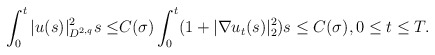
\begin{align*}\int_0^t|u(s)|^2_{D^{2,q}}s\leq& C(\sigma)\int_0^t(1+ |\nabla u_t(s)|^2_2)s\leq C(\sigma),0\leq t\leq T.\end{align*}